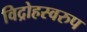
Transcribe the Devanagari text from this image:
विद्रोहस्वरुप